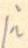
/i